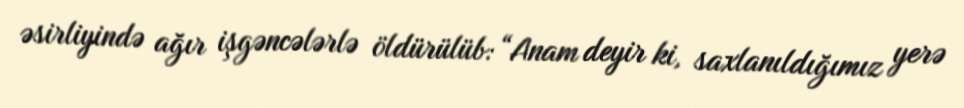
əsirliyində ağır işgəncələrlə öldürülüb: “Anam deyir ki, saxlanıldığımız yerə